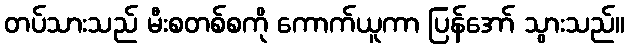
တပ်သားသည် မီးစတစ်စကို ကောက်ယူကာ ပြန်အော် သွားသည်။